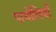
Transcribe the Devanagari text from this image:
पाथोलियाँ